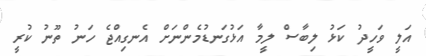
އަލީ ވަހީދު ކަޅު ލިބާސް ލީމާ އަޅުގަނޑުމެންނަށް އެނގިއްޖެ ހަނު ތޫނު ކުރީ